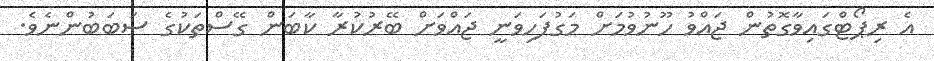
އެ ރިޕޯޓްގައިވާގޮތުން ޖައްވު ހޫނުވުމަށް މަގުފަހިވަނީ ޖައްވަށް ބޭރުކުރާ ކާބަން ގޭސްތަކުގެ ސަބަބުންނެވެ.